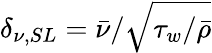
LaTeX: \delta_{\nu,SL}=\bar{\nu}/\sqrt{\tau_{w}/\bar{\rho}}